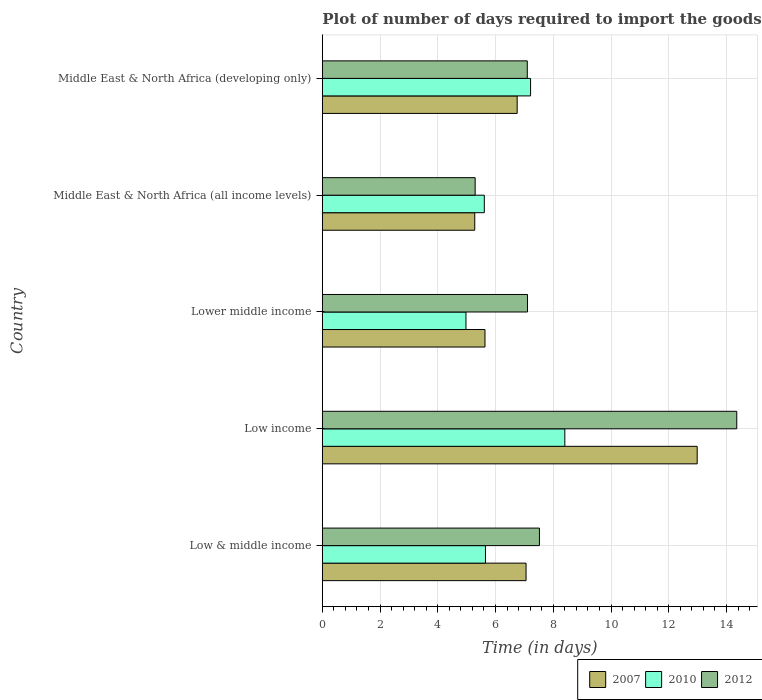
| Country | 2007 | 2010 | 2012 |
 | --- | --- | --- | --- |
 | Low & middle income | 7.06 | 5.65 | 7.52 |
 | Low income | 13 | 8.4 | 14.4 |
 | Lower middle income | 5.63 | 4.98 | 7.11 |
 | Middle East & North Africa (all income levels) | 5.28 | 5.61 | 5.29 |
 | Middle East & North Africa (developing only) | 6.75 | 7.21 | 7.1 |